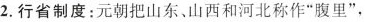
2.行省制度：元朝把山东、山西和河北称作”腹里”，